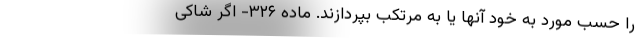
را حسب مورد به خود آنها یا به مرتکب بپردازند. ماده ۳۲۶- اگر شاکی